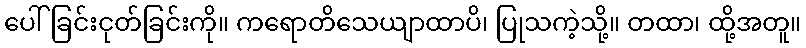
ပေါ်ခြင်းငုတ်ခြင်းကို။ ကရောတိသေယျာထာပိ၊ ပြုသကဲ့သို့။ တထာ၊ ထို့အတူ။